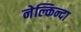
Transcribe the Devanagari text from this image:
नेल्किन्दा